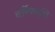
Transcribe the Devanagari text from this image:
वार्षिकवृत्ति